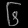
Digit: ၆